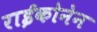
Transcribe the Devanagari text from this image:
राईकोनेन